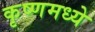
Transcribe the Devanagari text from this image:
कृष्णमध्ये